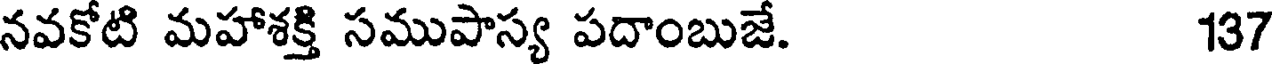
నవకోటి మహాశక్తి సముపాస్య పదాంబుజే. 137